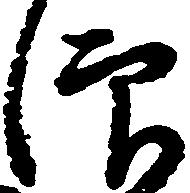
仰